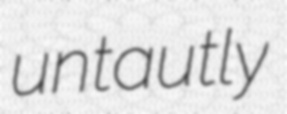
untautly